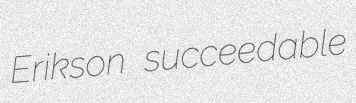
Erikson succeedable